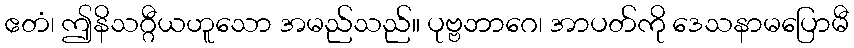
ဧတံ၊ ဤနိသဂ္ဂီယဟူသော အမည်သည်။ ပုဗ္ဗဘာဂေ၊ အာပတ်ကို ဒေသနာမပြောမီ